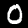
Label: 0